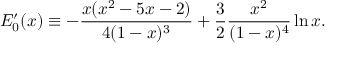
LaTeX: E _ { 0 } ^ { \prime } ( x ) \equiv - \frac { x ( x ^ { 2 } - 5 x - 2 ) } { 4 ( 1 - x ) ^ { 3 } } + \frac { 3 } { 2 } \frac { x ^ { 2 } } { ( 1 - x ) ^ { 4 } } \ln x .